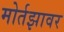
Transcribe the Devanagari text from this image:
मोर्तझावर